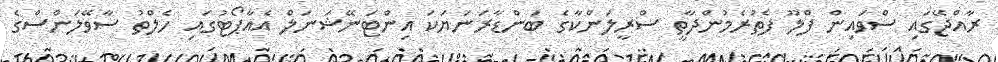
ރާއްޖޭގައި ސްވައިން ފްލޫ ފެތުރެމުންދާތީ ސްރީލަންކާގެ ބަންޑާރަނަޔަކަ އިންޓަނޭޝަނަލް އެއާޕޯޓުގައި ހެލްތު ސާވޭލަންސްގެ